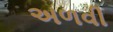
અળવી